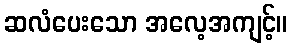
ဆလံပေးသော အလေ့အကျင့်။